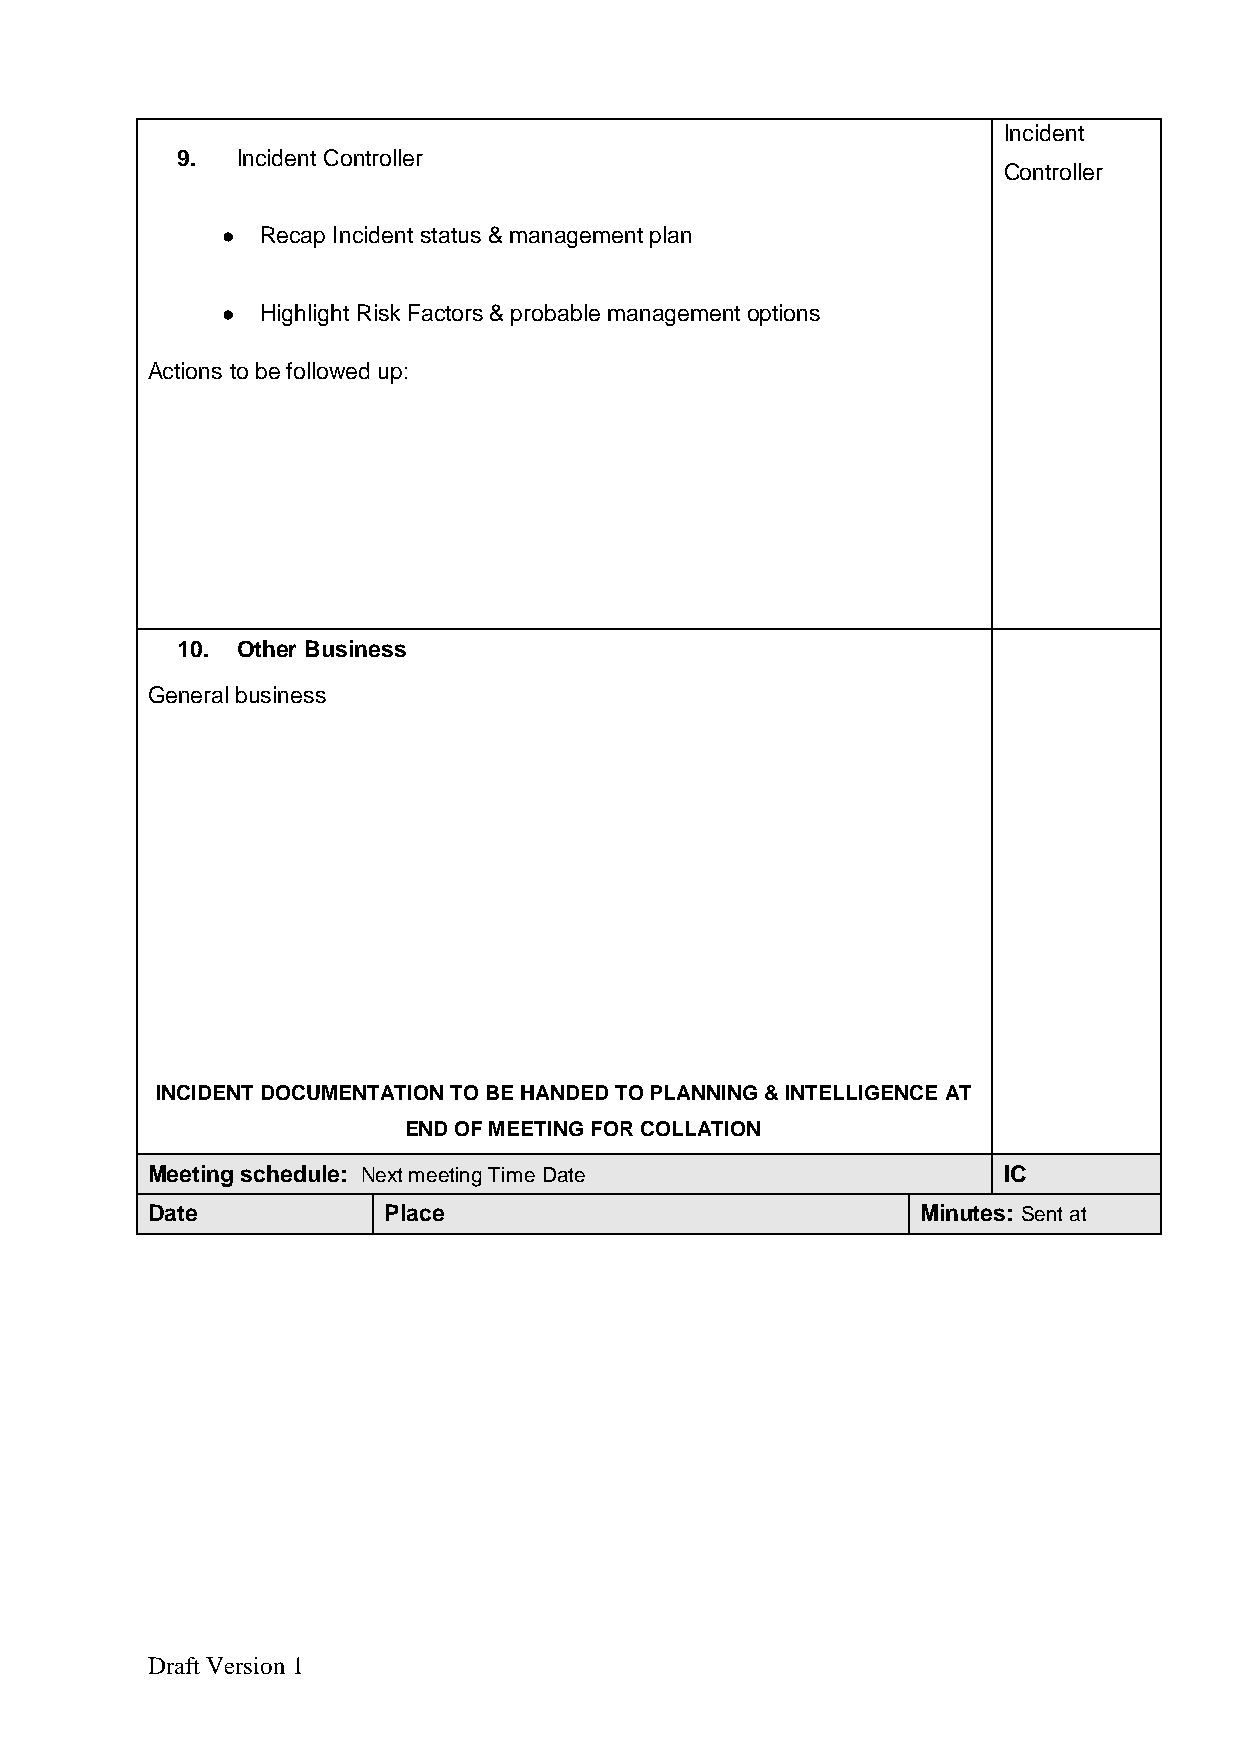
Incident
 9.  Incident Controller
 Controller
  Recap Incident status & management plan
  Highlight Risk Factors & probable management options
 Actions to be followed up:
 10. Other Business
 General business
 INCIDENT DOCUMENTATION TO BE HANDED TO PLANNING & INTELLIGENCE AT
 END OF MEETING FOR COLLATION
 Meeting schedule: Next meeting Time Date                IC
 Date           Place                               Minutes: Sent at
 Draft Version 1